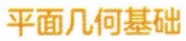
平面几何基础